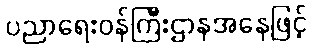
ပညာရေးဝန်ကြီးဌာနအနေဖြင့်